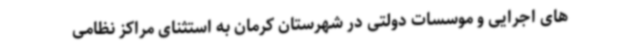
های اجرایی و موسسات دولتی در شهرستان کرمان به استثنای مراکز نظامی